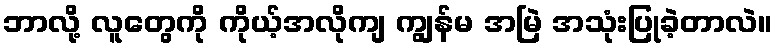
ဘာလို့ လူတွေကို ကိုယ့်အလိုကျ ကျွန်မ အမြဲ အသုံးပြုခဲ့တာလဲ။